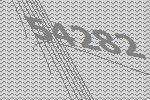
54282